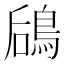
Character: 𬷎